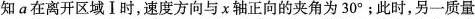
知a在离开区域Ⅰ时，速度方向与χ轴正向的夹角为30°；此时，另一质量